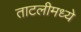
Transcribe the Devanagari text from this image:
ताटलीमध्ये